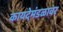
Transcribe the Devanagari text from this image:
कायदेमंडळावर